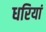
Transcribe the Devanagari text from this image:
धरियां